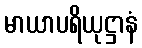
မာယာပရိယုဋ္ဌာနံ